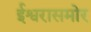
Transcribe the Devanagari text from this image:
ईश्वरासमोर